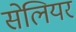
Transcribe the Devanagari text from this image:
सेलियर